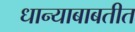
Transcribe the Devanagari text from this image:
धान्याबाबतीत